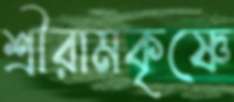
শ্রীরামকৃষ্ণে